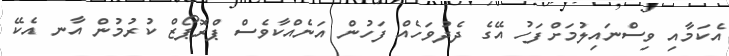
އެކަމާއި ވިސްނައިލުމަށްފަހު އޭގެ ދެދުވަހެއް ފަހުން އަނެއްކާވެސް ޕްރޮޕޯޒް ކުރުމުން އާނ އެކޭ